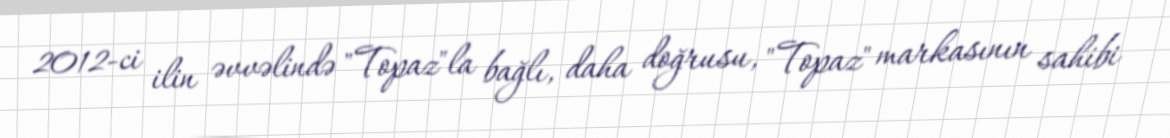
2012-ci ilin əvvəlində "Topaz"la bağlı, daha doğrusu, "Topaz" markasının sahibi